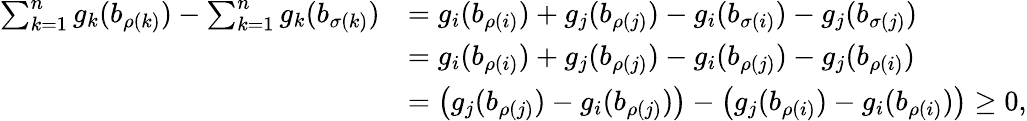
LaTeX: \begin{array}{rl}{\sum_{k=1}^{n}g_{k}(b_{\rho(k)})-\sum_{k=1}^{n}g_{k}(b_{\sigma(k)})}&{=g_{i}(b_{\rho(i)})+g_{j}(b_{\rho(j)})-g_{i}(b_{\sigma(i)})-g_{j}(b_{\sigma(j)})}\\ &{=g_{i}(b_{\rho(i)})+g_{j}(b_{\rho(j)})-g_{i}(b_{\rho(j)})-g_{j}(b_{\rho(i)})}\\ &{=\left(g_{j}(b_{\rho(j)})-g_{i}(b_{\rho(j)})\right)-\left(g_{j}(b_{\rho(i)})-g_{i}(b_{\rho(i)})\right)\ge 0,}\end{array}